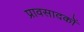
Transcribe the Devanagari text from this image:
प्रावसादकों